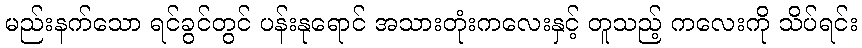
မည်းနက်သော ရင်ခွင်တွင် ပန်းနုရောင် အသားတုံးကလေးနှင့် တူသည့် ကလေးကို သိပ်ရင်း